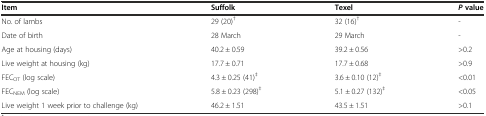
| Item | Suffolk | Texel | Pvalue |
 | --- | --- | --- | --- |
 | No. of lambs | 29 (20)† | 32 (16)† | - |
 | Date of birth | 28 March | 29 March | - |
 | Age at housing (days) | 40.2 ± 0.59 | 39.2 ± 0.56 | >0.2 |
 | Live weight at housing (kg) | 17.7 ± 0.71 | 17.7 ± 0.68 | >0.9 |
 | FECOT (log scale) | 4.3 ± 0.25 (41)‡ | 3.6 ± 0.10 (12)‡ | <0.01 |
 | FECNEM (log scale) | 5.8 ± 0.23 (298)‡ | 5.1 ± 0.27 (132)‡ | <0.05 |
 | Live weight 1 week prior to challenge (kg) | 46.2 ± 1.51 | 43.5 ± 1.51 | >0.1 |